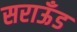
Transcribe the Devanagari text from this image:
सराऊँड